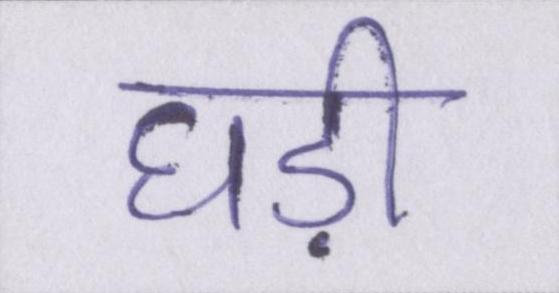
घड़ी